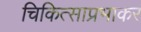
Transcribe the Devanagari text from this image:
चिकित्साप्रभाकर